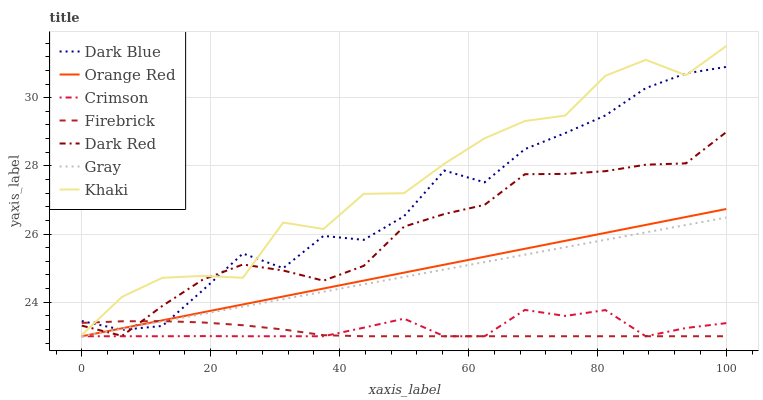
| xaxis_label | Dark Blue | Orange Red | Crimson | Firebrick | Dark Red | Gray | Khaki |
 | --- | --- | --- | --- | --- | --- | --- | --- |
 | 0 | 23.4 | 23 | 23 | 23.4 | 23.3 | 23 | 23 |
 | 6.25 | 23.2 | 23.2 | 23 | 23.4 | 23 | 23.2 | 24.2 |
 | 12.5 | 23.3 | 23.5 | 23 | 23.4 | 23.9 | 23.4 | 24.7 |
 | 18.8 | 24.3 | 23.7 | 23 | 23.4 | 24.7 | 23.7 | 24.8 |
 | 25 | 25.4 | 23.9 | 23 | 23.3 | 25.1 | 23.9 | 24.7 |
 | 31.2 | 25 | 24.2 | 23 | 23.2 | 24.9 | 24.1 | 26.3 |
 | 37.5 | 25.9 | 24.4 | 23 | 23 | 24.6 | 24.3 | 26.1 |
 | 43.8 | 25.8 | 24.6 | 23.3 | 23 | 25.1 | 24.5 | 27.2 |
 | 50 | 26.5 | 24.9 | 23.5 | 23 | 26.2 | 24.7 | 27.2 |
 | 56.2 | 27.9 | 25.1 | 23 | 23 | 26.6 | 25 | 28.1 |
 | 62.5 | 27.5 | 25.3 | 23 | 23 | 26.9 | 25.2 | 28.8 |
 | 68.8 | 28.5 | 25.6 | 23.8 | 23 | 27.8 | 25.4 | 29.3 |
 | 75 | 29 | 25.8 | 23.6 | 23 | 27.8 | 25.6 | 29.5 |
 | 81.2 | 29.5 | 26 | 23.8 | 23 | 27.8 | 25.8 | 30.6 |
 | 87.5 | 30.3 | 26.3 | 23 | 23 | 28 | 26 | 31.1 |
 | 93.8 | 30.7 | 26.5 | 23.2 | 23 | 28.1 | 26.3 | 30.7 |
 | 100 | 30.9 | 26.7 | 23.4 | 23 | 29 | 26.5 | 31.5 |